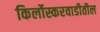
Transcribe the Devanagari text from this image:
किर्लोस्करवाडीतील